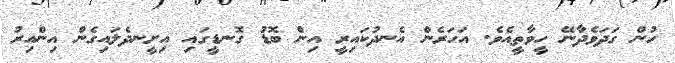
ހުން ގަދަވެދާނޭ ހީވާތީއެވެ. އަހަރެން އެނދުކައިރީ އިން ބޮޑު ގޮނޑީގައި އިށީނދެލައިގެން އިންއިރު